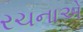
રચનાએ